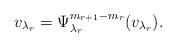
LaTeX: \begin{align*} v_{\lambda_r}=\Psi^{m_{r+1}-m_r}_{\lambda_r}(v_{\lambda_r}).\end{align*}